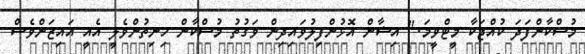
މުސްކާންފަދަ ކުއްޖަކާ މީޓްވީމަ." އިޝާން އޮޅުންފިލުވައިދިން ވަގުތު މުސްކާން ހިނިތުންވެލީ އެއީ އައިޒަންވެސް